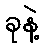
ခုနဲ့